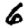
Digit: 6